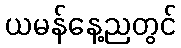
ယမန်နေ့ညတွင်